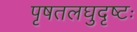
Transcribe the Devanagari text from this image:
पृषतलघुदृष्टः